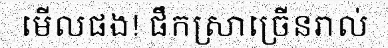
មើលផង! ផឹកស្រាច្រើនរាល់